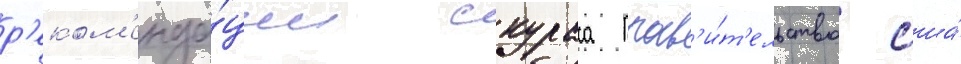
р'еком'енда́ции скураса прав'и́т'ельство сша́